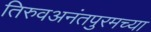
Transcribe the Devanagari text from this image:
तिरुवअनंतपुरमच्या